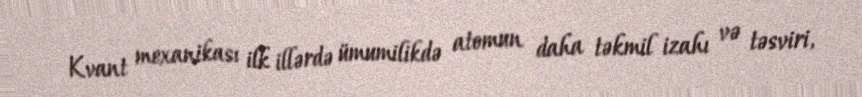
Kvant mexanikası ilk illərdə ümumilikdə atomun daha təkmil izahı və təsviri,